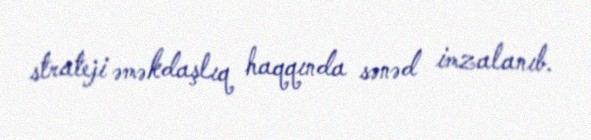
strateji əməkdaşlıq haqqında sənəd imzalanıb.